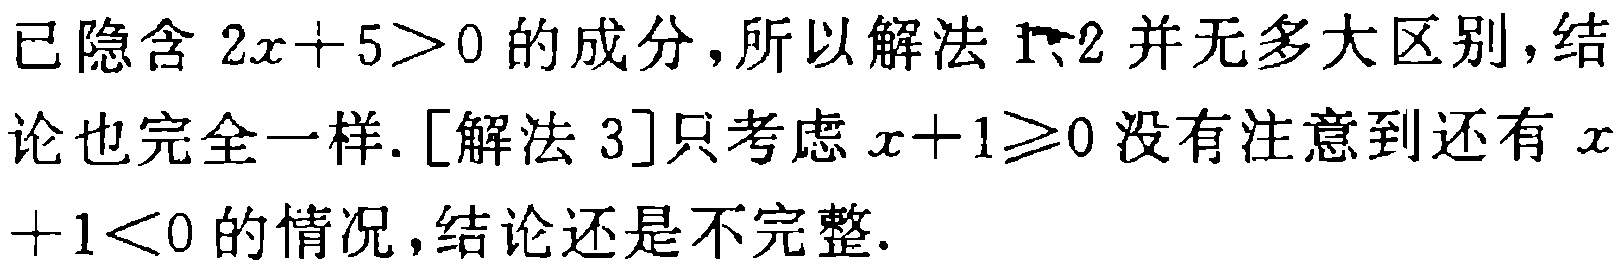
已隐含 \(2x + 5>0\) 的成分，所以解法1、2并无多大区别，结论也完全一样. [解法 3]只考虑 \(x + 1\geq0\) 没有注意到还有 \(x+1<0\) 的情况，结论还是不完整.